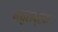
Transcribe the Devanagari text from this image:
मधुराष्टक